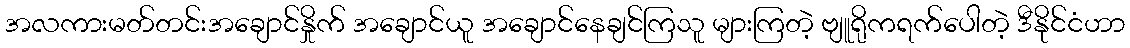
အလကားမတ်တင်းအချောင်နှိုက် အချောင်ယူ အချောင်နေချင်ကြသူ များကြတဲ့ ဗျူရိုကရက်ပေါတဲ့ ဒီနိုင်ငံဟာ